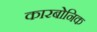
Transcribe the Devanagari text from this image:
कारबोनिक